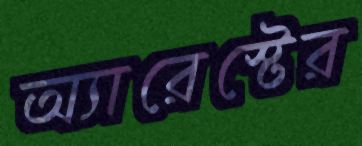
অ্যারেস্টের